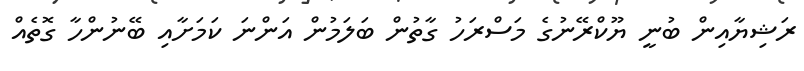
ރަޝިޔާއިން ބުނީ ޔޫކްރޭނުގެ މަސްރަހު ގާތުން ބަލަމުން އަންނަ ކަމަށާއި ބޭނުންހާ ގޮތެއް